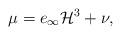
LaTeX: \begin{align*}\mu = e_{\infty}\mathcal{H}^3 + \nu,\end{align*}